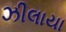
ઝીલાયા